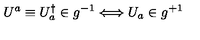
U ^ { a } \equiv U _ { a } ^ { \dagger } \in g ^ { - 1 } \Longleftrightarrow U _ { a } \in g ^ { + 1 }